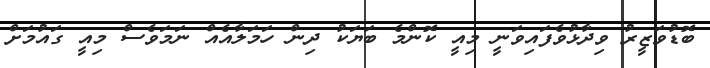
ބޮޑުވަޒީރު ވިދާޅުވެފައިވަނީ މިއީ ކޮންމެ ބަޔަކު ދިން ހަމަލާއެއް ނަމަވެސް މިއީ ގައުމަށް